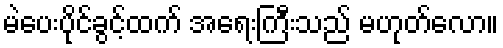
မဲပေးပိုင်ခွင့်ထက် အရေးကြီးသည် မဟုတ်လော။